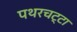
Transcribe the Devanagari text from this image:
पथरचट्टा